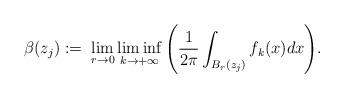
LaTeX: \begin{align*}\beta (z_j) := \; \displaystyle{\lim_{r\to 0} \liminf_{k \to + \infty} \left( \frac{1}{2\pi} \int_{B_r(z_j)} f_k(x) dx\right)}.\end{align*}